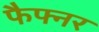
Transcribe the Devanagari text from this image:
फैफ्नर